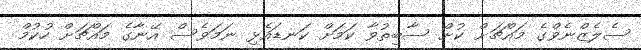
ސެލެޒްނެވްގެ މައްޗަށް ކުށް ސާބިތުވާ ކަމަށް ކަނޑައެޅި ނަމަވެސް އޭނާގެ މައްޗަށް ހުކުމް